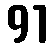
91